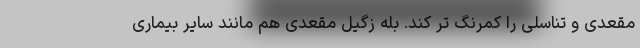
مقعدی و تناسلی را کمرنگ تر کند. بله زگیل مقعدی هم مانند سایر بیماری